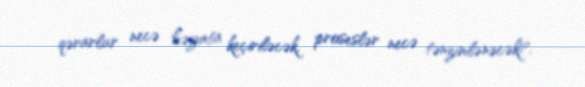
qərarlar necə həyata keçiriləcək, proseslər necə tənzimlənəcək?.